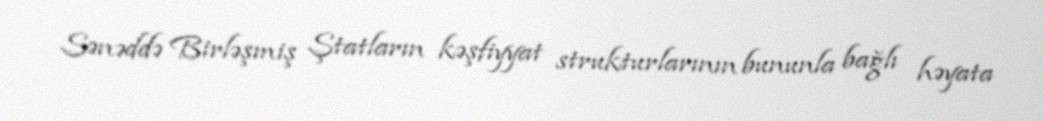
Sənəddə Birləşmiş Ştatların kəşfiyyat strukturlarının bununla bağlı həyata